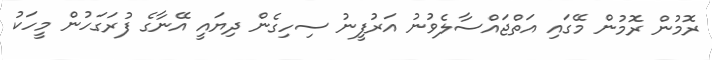
ރޮމުން ރޮމުން މޭގައި އަތްޖައްސާލެވުނު އަރުފީނު ސިހިގެން ދިޔައީ އޭނާގެ ފުރަގަހުން މީހަކު